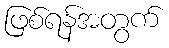
ဖြစ်ရန်အတွက်